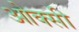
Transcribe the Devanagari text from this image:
ओक्सी